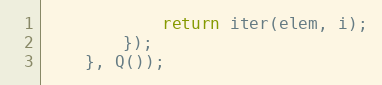
Language: JavaScript
            return iter(elem, i);
        });
    }, Q());